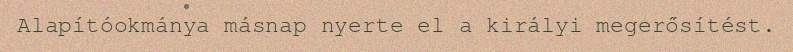
Alapítóokmánya másnap nyerte el a királyi megerősítést.